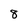
Character: 8